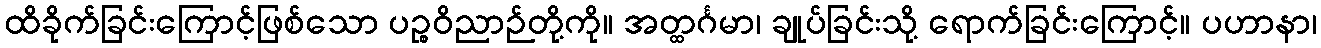
ထိခိုက်ခြင်းကြောင့်ဖြစ်သော ပဉ္စဝိညာဉ်တို့ကို။ အတ္ထင်္ဂမာ၊ ချုပ်ခြင်းသို့ ရောက်ခြင်းကြောင့်။ ပဟာနာ၊